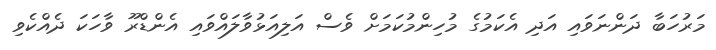
މަރުހަބާ ދަންނަވައި އަދި އެކަމުގެ މުހިންމުކަމަށް ވެސް އަލިއަޅުވާލައްވައި އެންޑްރޫ ވާހަކަ ދެއްކެވި